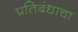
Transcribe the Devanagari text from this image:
प्रतिबंधाचा